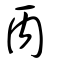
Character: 丙